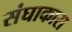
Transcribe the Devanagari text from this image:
संघाकारा